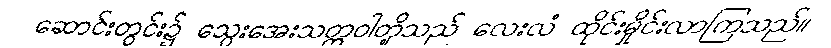
ဆောင်းတွင်း၌ သွေးအေးသတ္တဝါတို့သည် လေးလံ ထိုင်းမှိုင်းလာကြသည်။